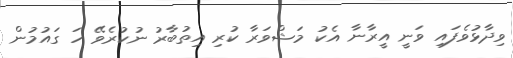
ވިދާޅުވެފައި ވަނީ އީރާނާ އެކު މަޝްވަރާ ކުރި އިތުބާރު ނުކުރެވޭ ހަ ގައުމުން